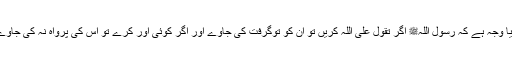
کیا وجہ ہے کہ رسول اللہﷺ اگر تَقَوُّلْ عَلَی اللّٰہ کریں تو ان کو توگرفت کی جاوے اور اگر کوئی اور کرے تو اس کی پرواہ نہ کی جاوے۔